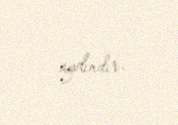
aydındır.